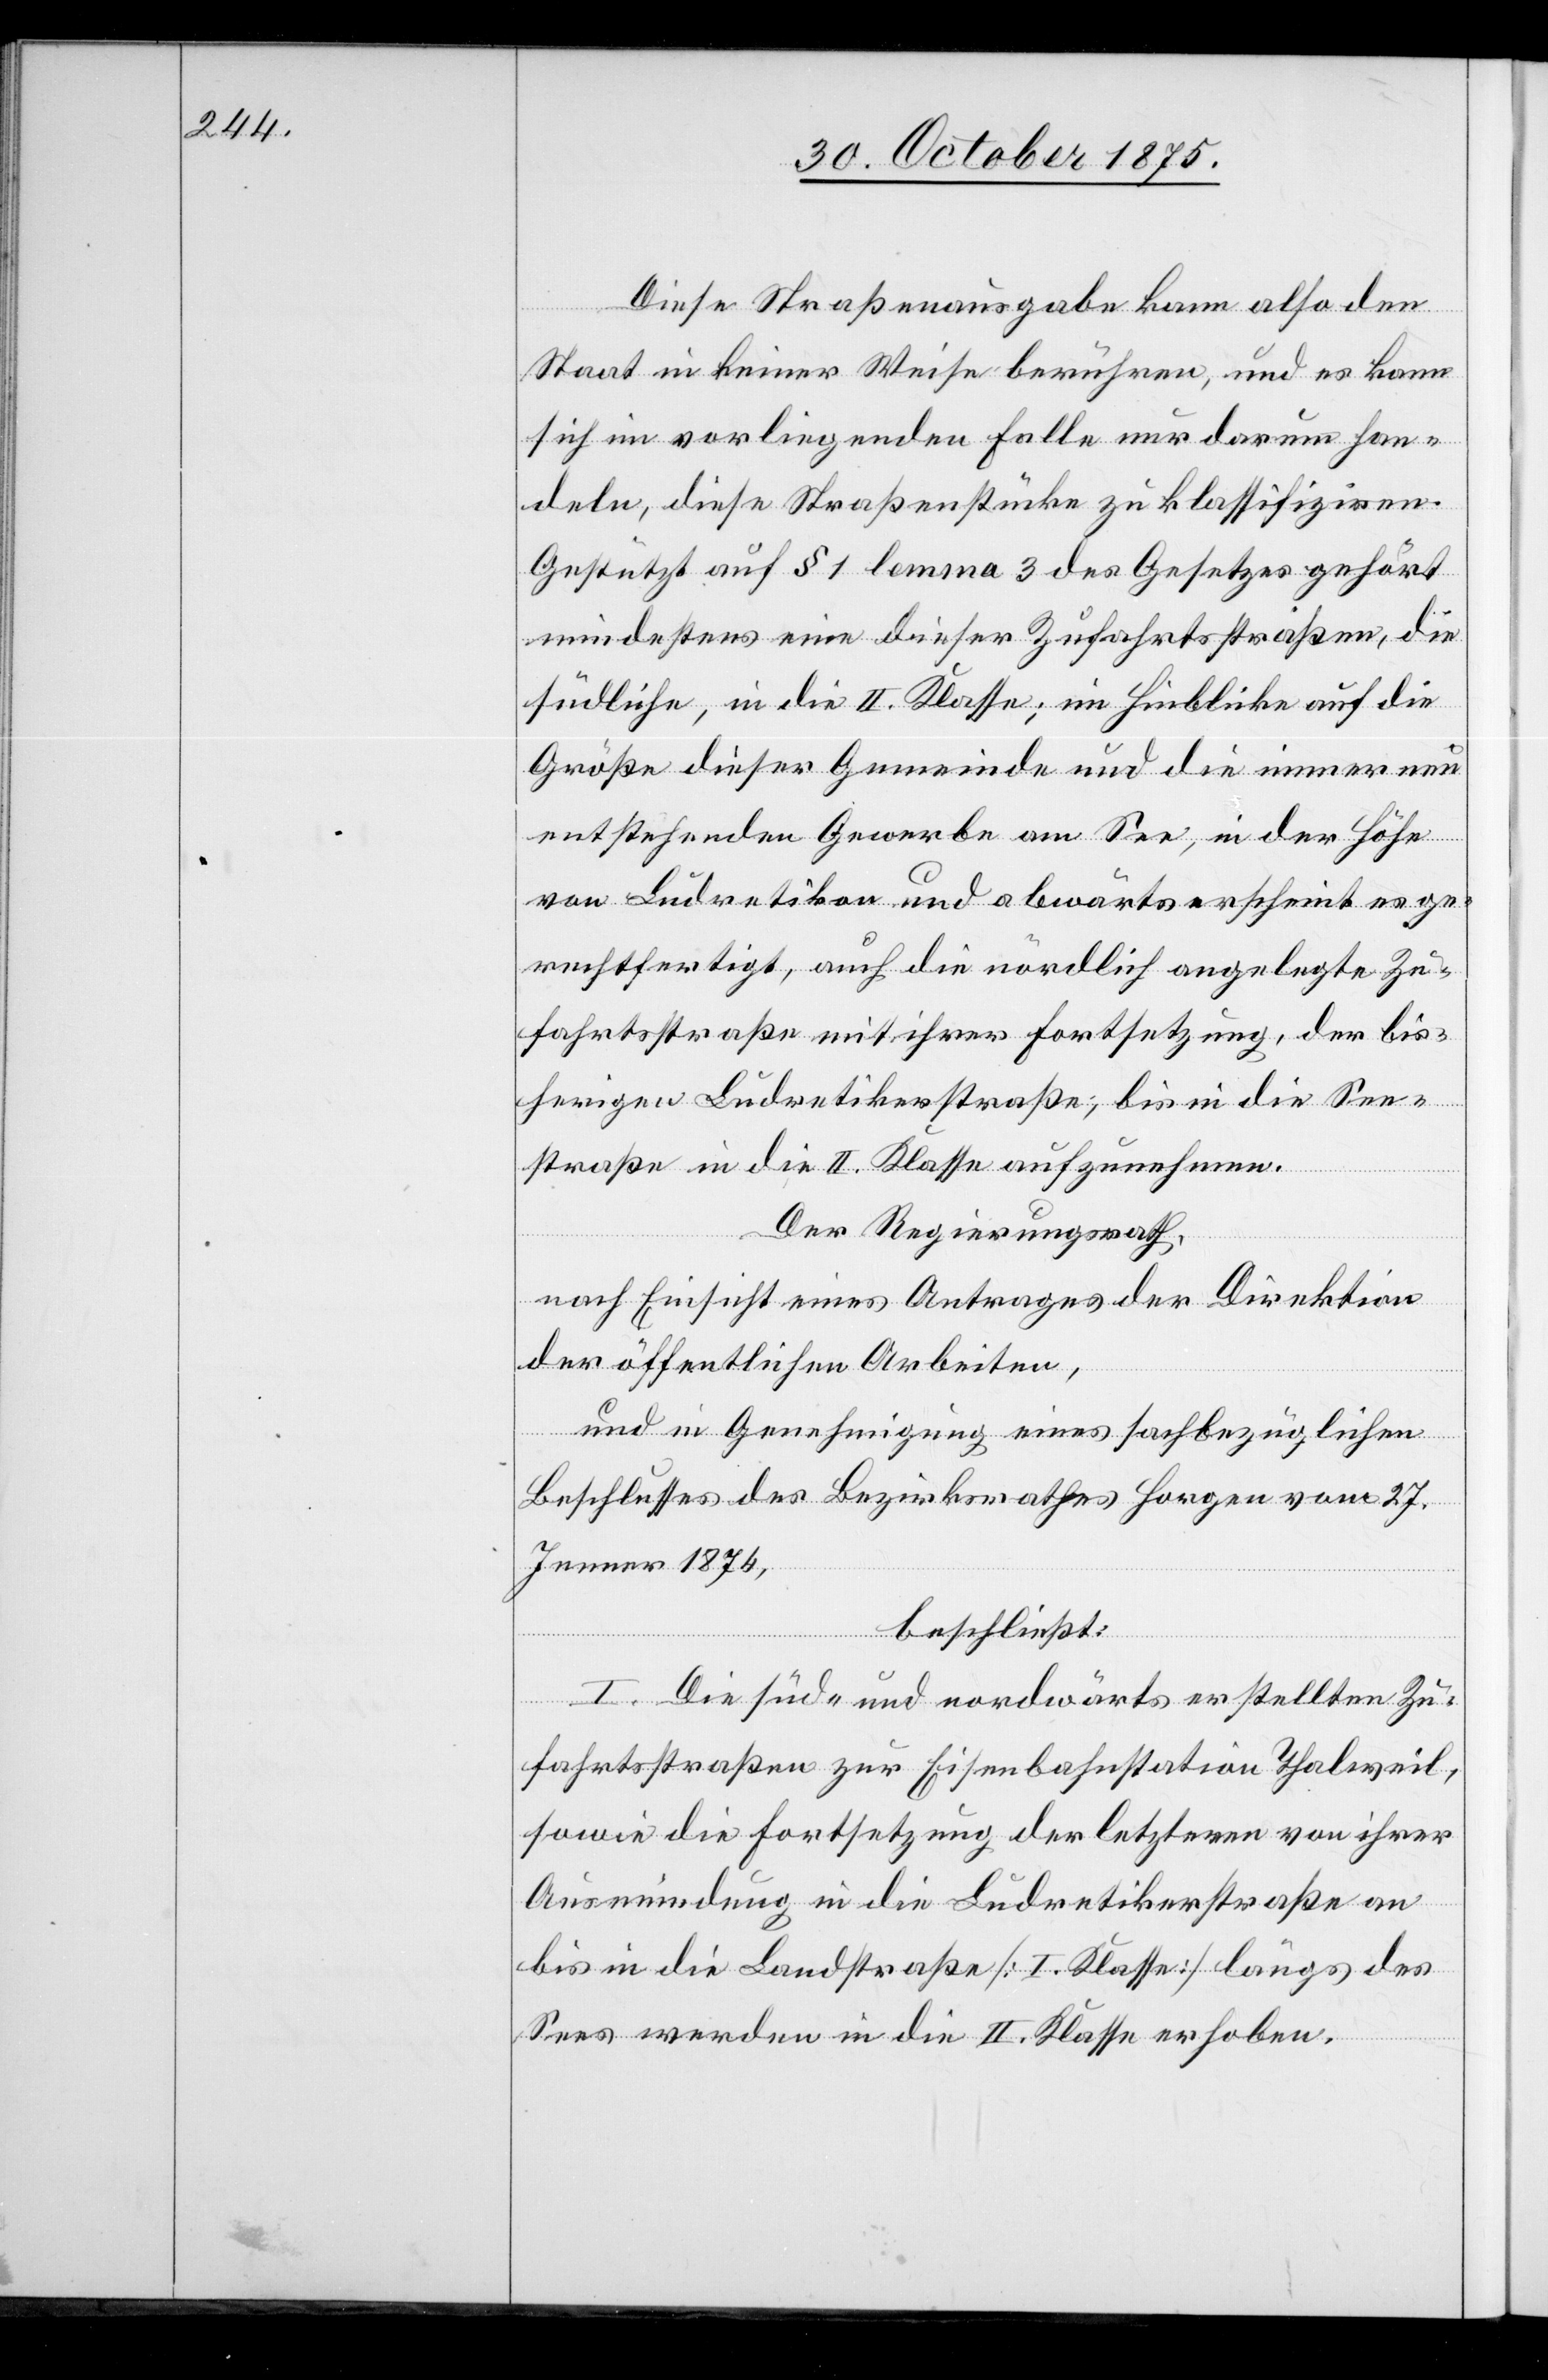
Diese Straßenausgabe kann also den
Staat in keiner Weise berühren, und es kann
sich im vorliegenden Falle nur darum han¬
deln, diese Straßenstücke zu klassifiziren.
Gestützt auf § 1 lemma 3 des Gesetzes gehört
mindestens eine dieser Zufahrtsstraßen, die
südliche, in die II. Klasse; im Hinblicke auf die
Größe dieser Gemeinde und die immer neu
entstehenden Gewerbe am See, in der Höhe
von Ludretikon und abwärts erscheint es ge¬
rechtfertigt, auch die nördlich angelegte Zu¬
fahrtsstraße mit ihrer Fortsetzung, der bis¬
herigen Ludretikerstraße, bis in die See¬
straße in die II. Klasse aufzunehmen.
Der Regierungsrath,
nach Einsicht eines Antrages der Direktion
der öffentlichen Arbeiten,
und in Genehmigung eines sachbezüglichen
Beschlusses des Bezirksrathes Horgen vom 27.
Jenner 1874,
beschließt:
I. Die süd- und nordwärts erstellten Zu¬
fahrtsstraßen zur Eisenbahnstation Thalweil,
sowie die Fortsetzung der letzteren von ihrer
Ausmündung in die Ludretikerstraße an
bis in die Landstraße [I. Klasse] längs des
Sees werden in die II. Klasse erhoben.